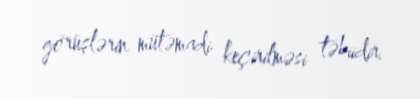
görüşlərin mütəmadi keçirilməsi təbiidir.